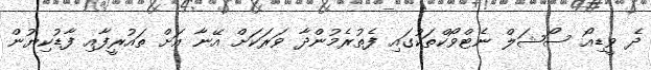
ދެ ވީޑިއޯ ސޯޝަލް ނެޓްވޯކްތަކުގައި ފެތުރެމުންދާ ވަރަކަށް އޭނާ އަށް ތައުރީފާއި ފާޑުކިޔުން